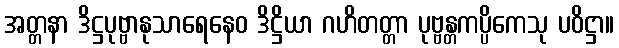
အတ္တနာ ဒိဋ္ဌပုဗ္ဗာနုသာရေနေဝ ဒိဋ္ဌိယာ ဂဟိတတ္တာ ပုဗ္ဗန္တကပ္ပိကေသု ပဝိဋ္ဌာ။